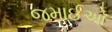
જમાઈઓ